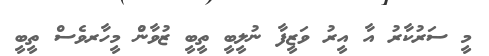
މީ ސަރުކާރު އާ އީރު ވަަޒީފާ ނުލީބީ ތީބީ ޒުވާނުް މީހާރވެސް ތީބީ